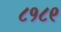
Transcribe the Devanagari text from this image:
८१८९